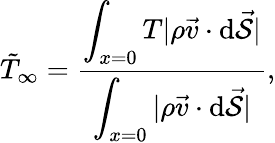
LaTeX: \tilde{T}_{\infty}=\frac{\displaystyle\int_{x=0}T|\rho\vec{v}\cdot\mathrm{d}\vec{\mathcal{S}}|}{\displaystyle\int_{x=0}|\rho\vec{v}\cdot\mathrm{d}\vec{\mathcal{S}}|},